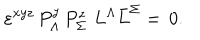
LaTeX: \varepsilon ^ { x y z } \, P _ { \Lambda } ^ { y } \, P _ { \Sigma } ^ { z } \, \, L ^ { \Lambda } \bar { L } ^ { \Sigma } = \, 0 .